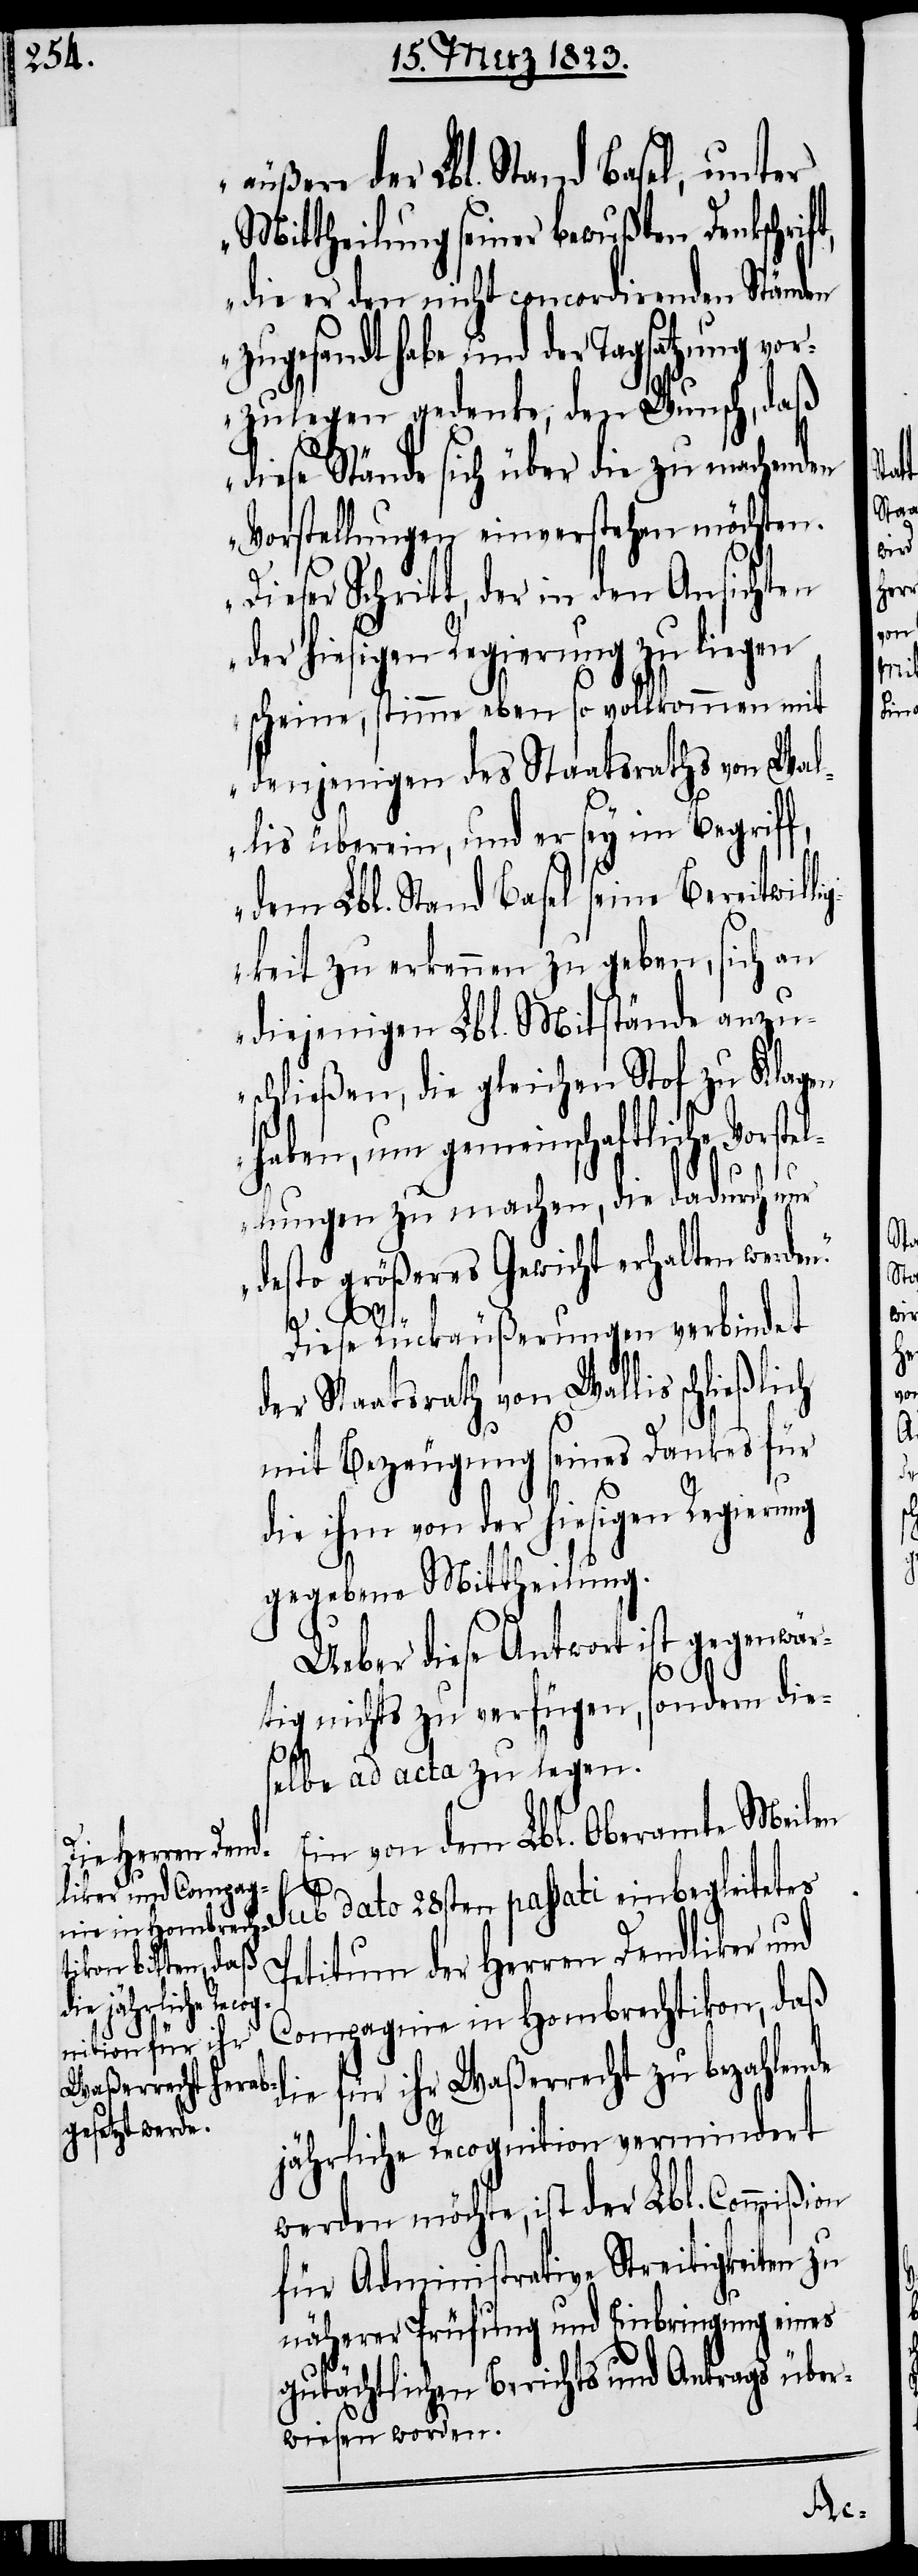
äußere der Lbl. Stand Basel, unter
Mittheilung seiner bewußten Denkschrif¬
die er den nicht concordirenden Ständen
zugesandt habe und der Tagsatzung vor¬
zulegen gedenke, den Wunsch, daß
diese Stände sich über die zu machenden
Vorstellungen einverstehen möchten.
Dieser Schritt, der in den Ansichten
der hiesigen Regierung zu liegen
scheine, stimme eben so vollkommen mit
denjenigen des Staatsraths von Wal¬
lis überein, und er sey im Begriff,
dem Lbl. Stand Basel seine Bereitwilli¬
gkeit zu erkennen zu geben, sich an
diejenigen Lbl. Mitstände anzu¬
schließen, die gleichen Stof zu Klagen
haben, um gemeinschaftliche Vorstel¬
lungen zu machen, die dadurch nur
desto größeres Gewicht erhalten werden.“
t,
Diese Rückäußerungen verbindet
der Staatsrath von Wallis schließlich
mit Bezeugung seines Dankes für
die ihm von der hiesigen Regierung
gegebene Mittheilung.
Ueber diese Antwort ist gegenwär¬
tig nichts zu verfügen, sondern die¬
selbe ad acta zu legen.
Ein von dem Lbl. Oberamte Meilen
sub dato 28sten passati einbegleitetes
Petitum der Herren Dendliker und
Compagnie in Hombrechtikon, daß
die für ihr Waßerrecht zu bezahlende
jährliche Recognition vermindert
werden möchte, ist der Lbl. Commißion
für Administrative Streitigkeiten zu
näherer Prüfung und Einbringung eines
gutächtlichen Berichts und Antrags über¬
wiesen worden.